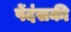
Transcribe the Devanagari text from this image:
पेंदंसकी